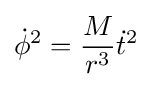
{\dot {\phi }}^{2}={\frac {M}{r^{3}}}{\dot {t}}^{2}